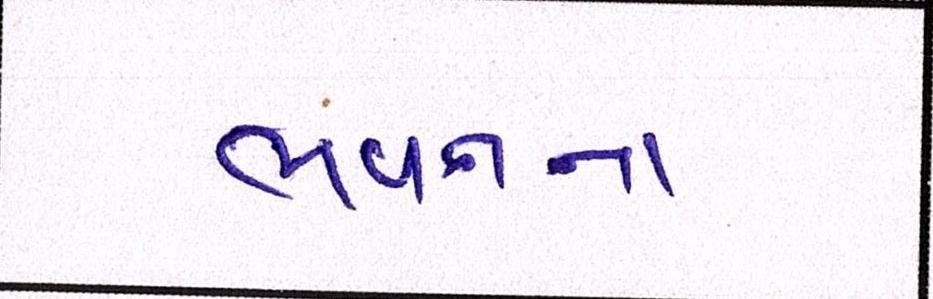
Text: ભવનના